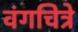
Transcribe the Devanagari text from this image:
वंगचित्रे